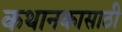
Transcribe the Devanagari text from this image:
कथानकासाठी